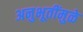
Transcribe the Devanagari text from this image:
अनुभूतींमुळे